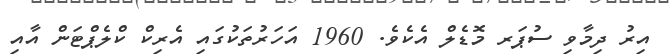
އިރު ދިމާވި ސުޕަރ މޮޑެލް އެކެވެ. 1960 އަހަރުތަކުގައި އެރިކް ކްލެޕްޓަން އާއި